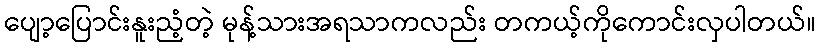
ပျော့ပြောင်းနူးညံ့တဲ့ မုန့်သားအရသာကလည်း တကယ့်ကိုကောင်းလှပါတယ်။